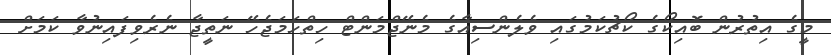
މީގެ އިތުރުން ބޮއިކޯގެ ކޯޗުކަމުގައި ވެލެންސިއާގެ މެނޭޖްމަންޓް ހިތްހަމަޖެހޭ ނަތީޖާ ނެރެވިފައިނުވާ ކަމަށް